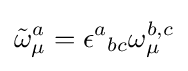
{\tilde {\omega }}_{\mu }^{a}=\epsilon ^{a}{}_{bc}\omega _{\mu }^{b,c}